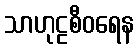
သာဟုဠစီဝရေန